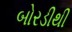
બોરડીથી